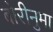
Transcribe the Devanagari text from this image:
बोरीनुमा